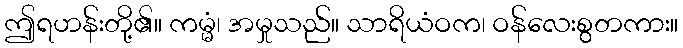
ဤရဟန်းတို့၏။ ကမ္မံ၊ အမှုသည်။ သာရိယံဝက၊ ဝန်လေးစွတကား။